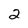
Character: 2